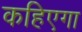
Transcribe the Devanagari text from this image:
कहिएगा